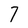
Character: 7